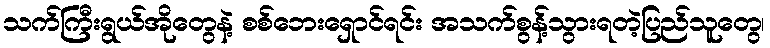
သက်ကြီးရွယ်အိုတွေနဲ့ စစ်ဘေးရှောင်ရင်း အသက်စွန့်သွားရတဲ့ပြည်သူတွေ၊